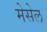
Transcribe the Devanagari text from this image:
मेसेल